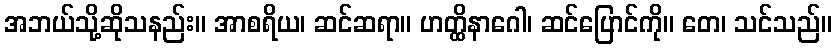
အဘယ်သို့ဆိုသနည်း။ အာစရိယ၊ ဆင်ဆရာ။ ဟတ္ထိနာဂေါ၊ ဆင်ပြောင်ကို။ တေ၊ သင်သည်။